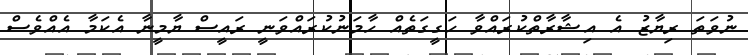
ނުވަތަ ރިޔާޒު އެ އިޝާރާތްކުރައްވާ ހަގީގަތެއް ހާމަނުކުރައްވަނީ ރައީސް ޔާމީނާ އެކަމާ އެއްވެސް